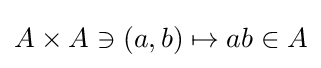
A\times A\ni (a,b)\mapsto ab\in A